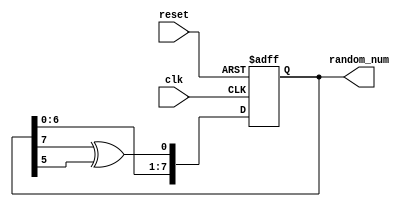
module lfsr(
    input clk,
    input reset,
    output reg [7:0] random_num
);
    always @(posedge clk or posedge reset) begin
        if (reset)
            random_num <= 8'b00000001; // Non-zero initial value
        else
            random_num <= {random_num[6:0], random_num[7] ^ random_num[5]}; // Example feedback polynomial: x^8 + x^6 + 1
    end
endmodule